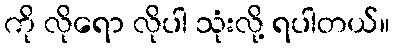
ကို လိုရော လိုပါ သုံးလို့ ရပါတယ်။